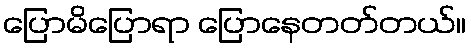
ပြောမိပြောရာ ပြောနေတတ်တယ်။